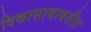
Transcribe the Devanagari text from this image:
विकासाबाबतीत